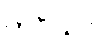
ကပ္ပိယာ